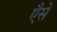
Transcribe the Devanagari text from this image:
एैसे